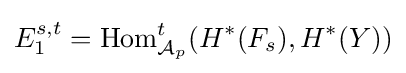
E_{1}^{s,t}=\operatorname {Hom} _{{\mathcal {A}}_{p}}^{t}(H^{*}(F_{s}),H^{*}(Y))